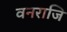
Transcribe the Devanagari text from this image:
वनराजि